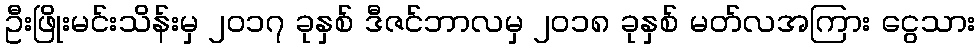
ဦးဖြိုးမင်းသိန်းမှ ၂၀၁၇ ခုနှစ် ဒီဇင်ဘာလမှ ၂၀၁၈ ခုနှစ် မတ်လအကြား ငွေသား